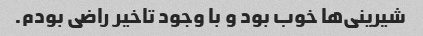
شیرینی‌ها خوب بود و با وجود تاخیر راضی بودم.